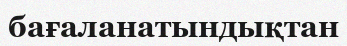
бағаланатындықтан